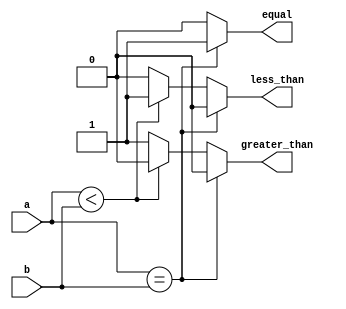
module comparator (
  input [7:0] a,
  input [7:0] b,
  output reg equal,
  output reg less_than,
  output reg greater_than
);

always @(*) begin
  if (a == b) begin
    equal = 1;
    less_than = 0;
    greater_than = 0;
  end else if (a < b) begin
    equal = 0;
    less_than = 1;
    greater_than = 0;
  end else begin
    equal = 0;
    less_than = 0;
    greater_than = 1;
  end
end

endmodule